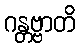
ဂန္တဗ္ဗာတိ